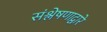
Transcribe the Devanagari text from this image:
संश्लेषणाद्वारे